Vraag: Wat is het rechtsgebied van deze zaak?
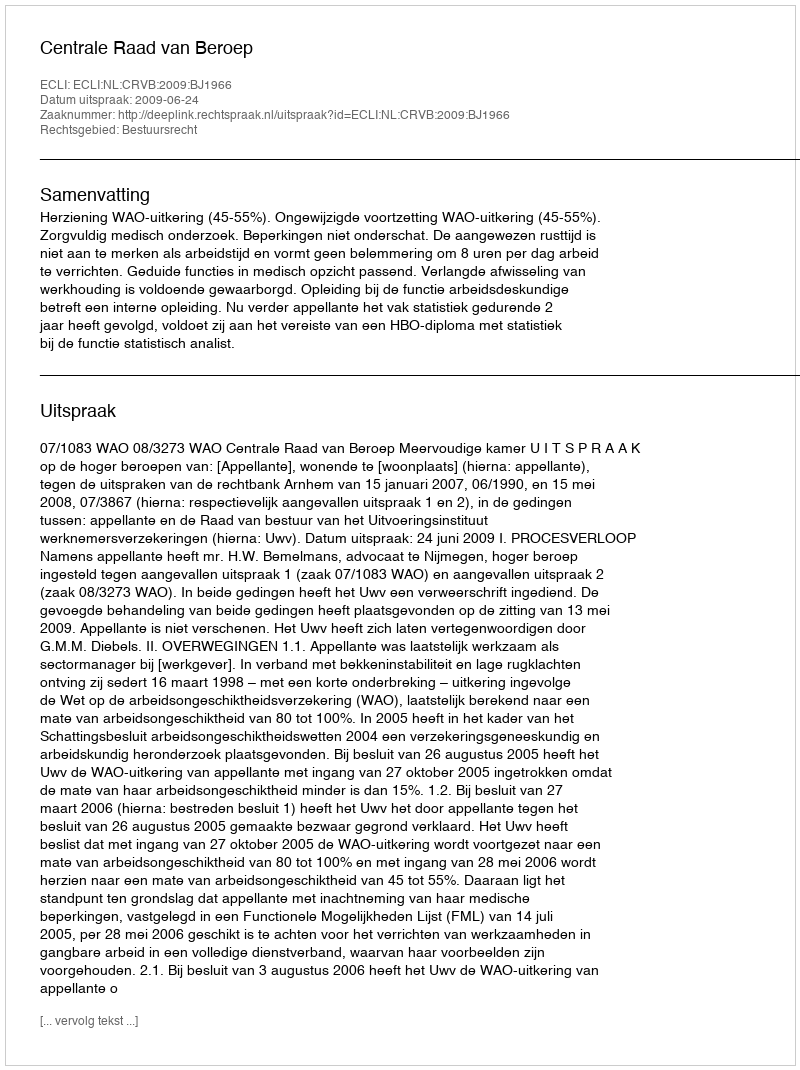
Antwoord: Bestuursrecht